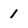
Character: 1